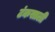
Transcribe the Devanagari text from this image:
टंकसाली